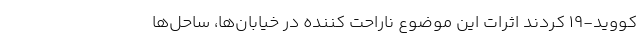
کووید-۱۹ کردند اثرات این موضوع ناراحت کننده در خیابان‌ها، ساحل‌ها